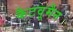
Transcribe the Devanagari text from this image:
कैटवूमैन